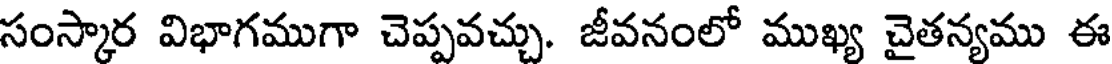
సంస్కార విభాగముగా చెప్పవచ్చు. జీవనంలో ముఖ్య చైతన్యము ఈ